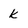
Character: k